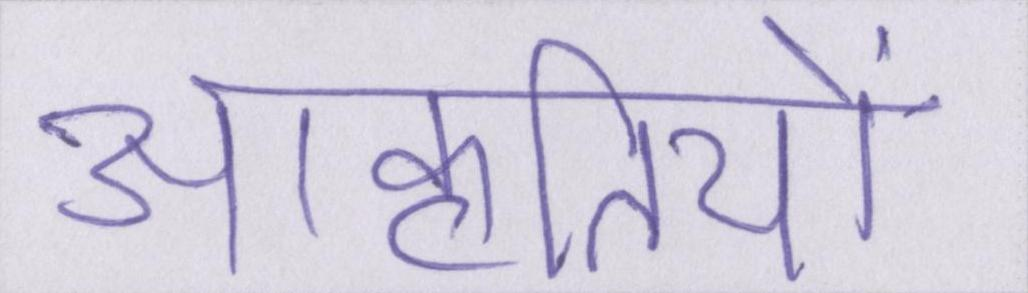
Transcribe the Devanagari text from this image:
आकृतियों